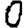
Digit: 0